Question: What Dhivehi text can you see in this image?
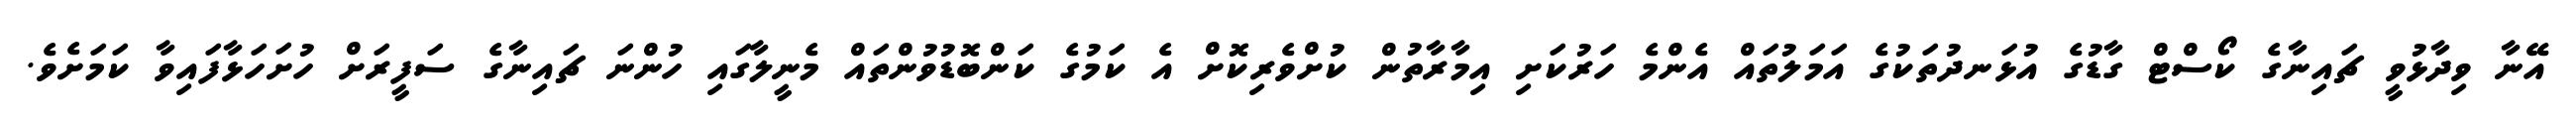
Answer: އޭނާ ވިދާޅުވީ ޗައިނާގެ ކޯސްޓް ގާޑުގެ އުޅަނދުތަކުގެ އަމަލުތައް އެންމެ ހަރުކަށި އިމާރާތުން ކުށްވެރިކޮށް އެ ކަމުގެ ކަންބޮޑުވުންތައް މެނީލާގައި ހުންނަ ޗައިނާގެ ސަފީރަށް ހުށަހަޅާފައިވާ ކަމަށެވެ.